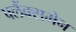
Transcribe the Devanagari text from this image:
फ्लैंक्समेन